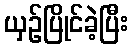
ယှဉ်ပြိုင်ခဲ့ပြီး